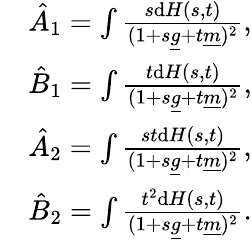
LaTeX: \begin{array}{rl}&{\hat{A}_{1}=\int\frac{s\mathrm{d}H(s,t)}{(1+s{\underline{g}}+t{\underline{m}})^{2}},}\\ &{\hat{B}_{1}=\int\frac{t\mathrm{d}H(s,t)}{(1+s{\underline{g}}+t{\underline{m}})^{2}},}\\ &{\hat{A}_{2}=\int\frac{st\mathrm{d}H(s,t)}{(1+s{\underline{g}}+t{\underline{m}})^{2}},}\\ &{\hat{B}_{2}=\int\frac{t^{2}\mathrm{d}H(s,t)}{(1+s{\underline{g}}+t{\underline{m}})^{2}}.}\end{array}